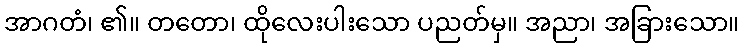
အာဂတံ၊ ၏။ တတော၊ ထိုလေးပါးသော ပညတ်မှ။ အညာ၊ အခြားသော။